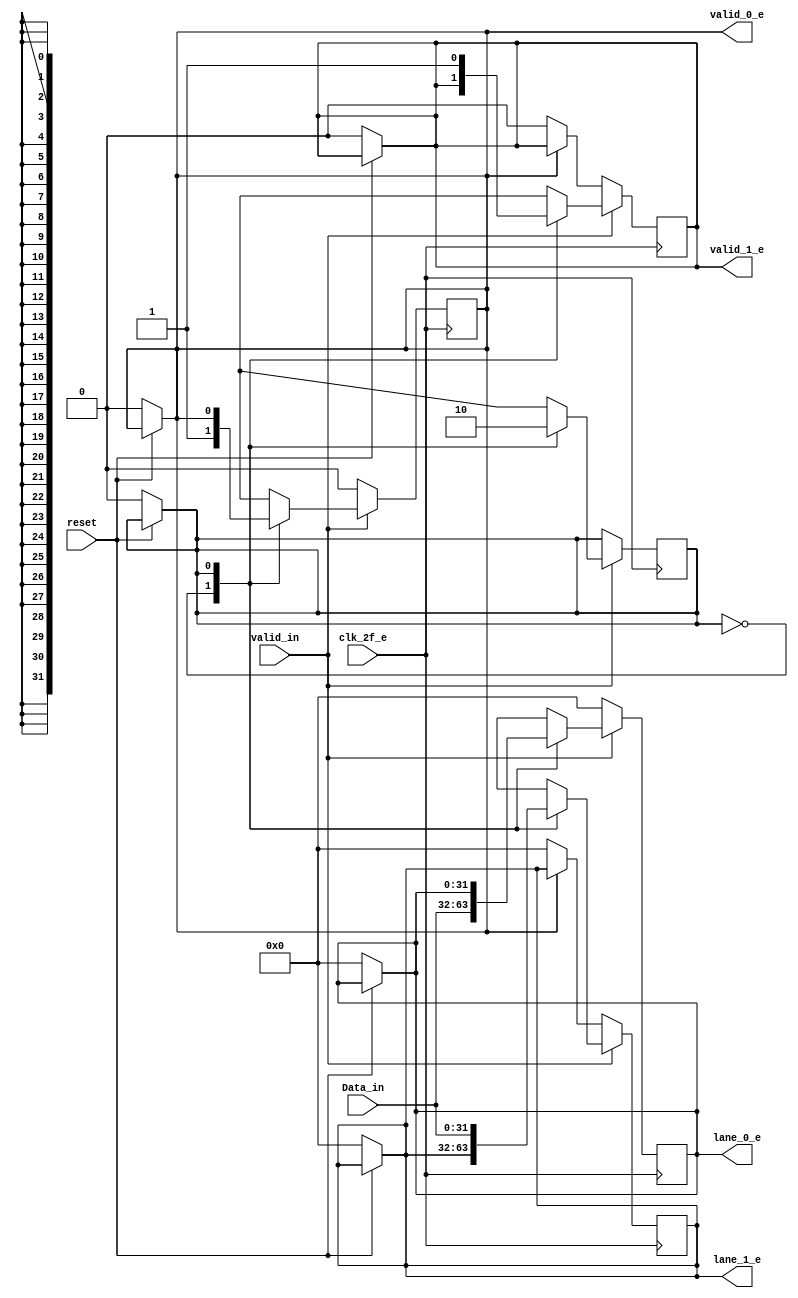
/* Generated by Yosys 0.9 (git sha1 1979e0b) */

(* top =  1  *)
(* src = "byte_striping_e.v:1" *)
module byte_striping_e(clk_2f_e, reset, valid_in, Data_in, valid_0_e, lane_0_e, valid_1_e, lane_1_e);
  (* src = "byte_striping_e.v:13" *)
  reg _00_;
  (* src = "byte_striping_e.v:13" *)
  reg [31:0] _01_;
  (* src = "byte_striping_e.v:13" *)
  reg [31:0] _02_;
  (* src = "byte_striping_e.v:13" *)
  reg _03_;
  (* src = "byte_striping_e.v:13" *)
  reg _04_;
  (* src = "byte_striping_e.v:23" *)
  reg _05_;
  (* src = "byte_striping_e.v:23" *)
  reg [31:0] _06_;
  (* src = "byte_striping_e.v:23" *)
  reg [31:0] _07_;
  (* src = "byte_striping_e.v:23" *)
  reg _08_;
  (* src = "byte_striping_e.v:23" *)
  reg _09_;
  (* src = "byte_striping_e.v:14" *)
  wire _10_;
  (* src = "byte_striping_e.v:43" *)
  wire _11_;
  (* src = "byte_striping_e.v:5" *)
  input [31:0] Data_in;
  (* src = "byte_striping_e.v:2" *)
  input clk_2f_e;
  (* src = "byte_striping_e.v:11" *)
  reg contador;
  (* src = "byte_striping_e.v:7" *)
  output [31:0] lane_0_e;
  reg [31:0] lane_0_e;
  (* src = "byte_striping_e.v:9" *)
  output [31:0] lane_1_e;
  reg [31:0] lane_1_e;
  (* src = "byte_striping_e.v:3" *)
  input reset;
  (* src = "byte_striping_e.v:6" *)
  output valid_0_e;
  reg valid_0_e;
  (* src = "byte_striping_e.v:8" *)
  output valid_1_e;
  reg valid_1_e;
  (* src = "byte_striping_e.v:4" *)
  input valid_in;
  assign _10_ = ~(* src = "byte_striping_e.v:14" *) reset;
  assign _11_ = ~(* src = "byte_striping_e.v:43" *) valid_0_e;
  always @* begin
    _04_ = valid_1_e;
    _02_ = lane_1_e;
    _00_ = contador;
    _03_ = valid_0_e;
    _01_ = lane_0_e;
    (* src = "byte_striping_e.v:14" *)
    casez (_10_)
      /* src = "byte_striping_e.v:14" */
      1'h1:
        begin
          _03_ = 1'h0;
          _01_ = 32'd0;
          _04_ = 1'h0;
          _02_ = 32'd0;
          _00_ = 1'h0;
        end
      default:
          /* empty */;
    endcase
  end
  always @* begin
      valid_1_e <= _04_;
      lane_1_e <= _02_;
      contador <= _00_;
      valid_0_e <= _03_;
      lane_0_e <= _01_;
  end
  always @* begin
    _09_ = valid_1_e;
    _07_ = lane_1_e;
    _05_ = contador;
    _08_ = valid_0_e;
    _06_ = lane_0_e;
    (* src = "byte_striping_e.v:24" *)
    casez (valid_in)
      /* src = "byte_striping_e.v:24" */
      1'h1:
          (* src = "byte_striping_e.v:25" *)
          casez (contador)
            /* src = "byte_striping_e.v:26" */
            1'h0:
              begin
                _05_ = 1'h1;
                _06_ = Data_in;
                _08_ = 1'h1;
              end
            /* src = "byte_striping_e.v:32" */
            1'h1:
              begin
                _05_ = 1'h0;
                _07_ = Data_in;
                _09_ = 1'h1;
              end
            default:
                /* empty */;
          endcase
      /* src = "byte_striping_e.v:40" */
      default:
        begin
          _08_ = 1'h0;
          _06_ = 32'd0;
          (* src = "byte_striping_e.v:43" *)
          casez (_11_)
            /* src = "byte_striping_e.v:43" */
            1'h1:
              begin
                _07_ = 32'd0;
                _09_ = 1'h0;
              end
            default:
                /* empty */;
          endcase
        end
    endcase
  end
  always @(posedge clk_2f_e) begin
      valid_1_e <= _09_;
      lane_1_e <= _07_;
      contador <= _05_;
      valid_0_e <= _08_;
      lane_0_e <= _06_;
  end
endmodule